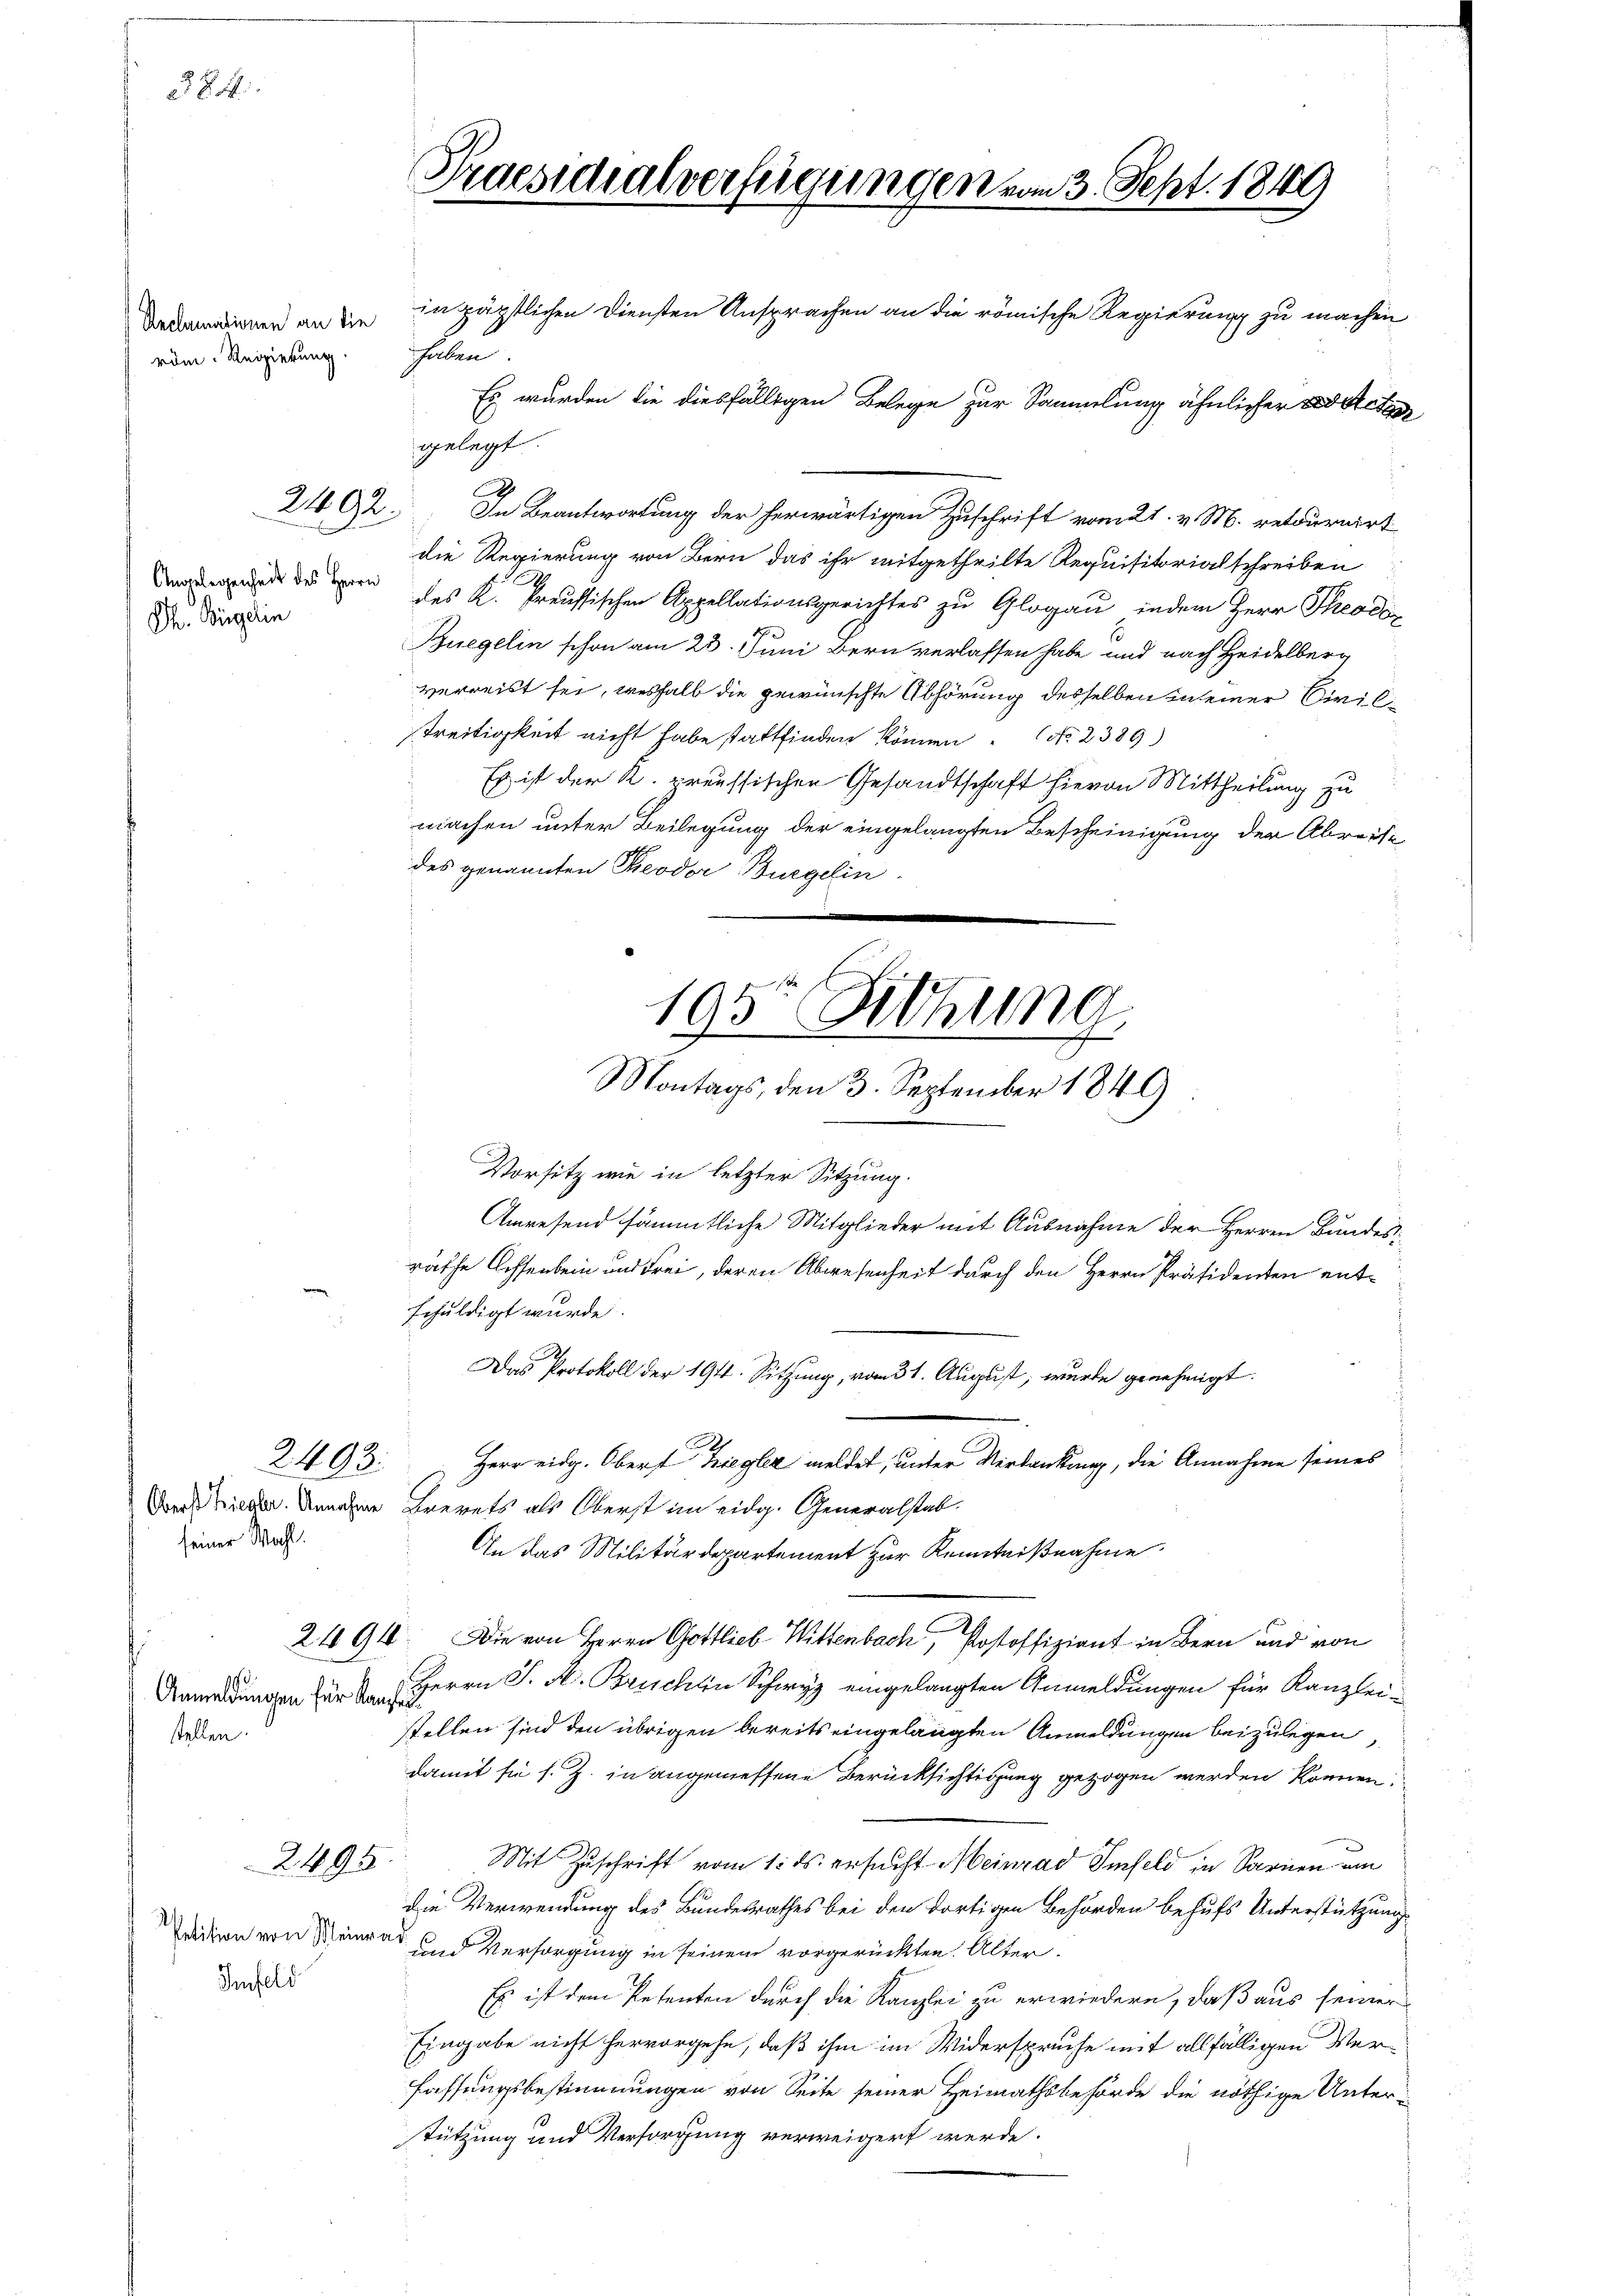
3844

Anclamationen an die
röm. Regierung.

2492.

Ph. Bürgerin

2493.

seiner Wahl.

Anmeldungen für Kaufle
stellen.

2495.

Infeld

Praesidialverfügungen vom 3. Sept. 1849
inpäpstlichen Diensten Ansprachen an die römische Regierung zu machen
hilen.
Es wurden die diesfälligen Belege zur Sammlung ähnlicher der Retze
gelegt.

2
die Regierung von Bern das ihr mitgetheilte Requisitorialschreiben
 den des K. Preussischen Appellationsgerichtes zu Glogau, indem Herr Theodor
Buegelin schon am 23. Juni Bern verlassen habe und nach Heidelberg
verreist sei, weshalb die gewünschte Abhörung desselben zu einer Civilstreitigkeit nicht habe stattfinden können (No. 2389)
Es ist der K. preussischen Gesandtschaft hievon Mittheilung zu
machen unter Beilegung der eingelangten Bescheinigung der Abreise
des genannten Theodor Burgelin

In Beantwortung der herwärtigen Zuschrift vom 21. v. M. retournirt

195te Sitzung
Montags, den 3. September 1849

Das Protokoll der 194. Sitzung, vom 31. August, wurde genehmigt.
Herr eidg. Oberst Ziegler meldet, unter Verdankung, die Annahme seines
An das Militärdepartement zur Kenntnißnahme.
2494. Die von Herrn Gottlieb Wittenbach, Postoffizient in Bern und von

Vorsitz wie in letzter Sitzung.
Anwesend sämmtliche Mitglieder mit Ausnahme der Herren Bundesräthe Achsenbein und Frei, deren Abwesenheit durch den Herrn Präsidenten ent-
schuldigt wurde.
Der Krieger. Annahme Brevets als Oberst im eidg. Generalstab.
Herrn J. A. Bruchten Schwyz eingelangten Anmeldungen für Kanzlei-
stellen sind den übrigen bereits eingelangten Anmeldungen beizulegen,
damit sie s. Z. in angemessene Berücksichtigung gezogen werden können.
Mit Zuschrift vom 1. ds. ersucht Meinrad Smfeld in Sarnen um
die Verwendung des Bundesrathes bei den dortigen Behörden behufs Unterstützung
Petition von Heinrad und Versorgung in seinem vorgerückten Alter.
Es ist dem Petenten durch die Kanzlei zu erwiedern, daß aus seiner
Eingabe nicht hervorgehe, daß ihm im Widerspruche mit allfälligen Verfassungsbestimmungen von Seite seiner Heimathsbehörde die nöthige Unterstützung und Versorgung verweigert werde.